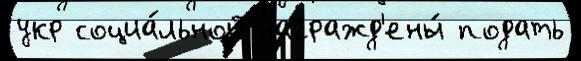
укр социа́льной награжд'ены́ подать